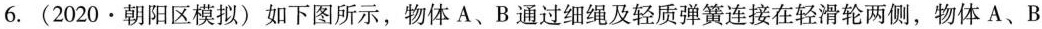
6. (2020·朝阳区模拟) 如下图所示，物体A、B 通过细绳及轻质弹簧连接在轻滑轮两侧，物体 A、B